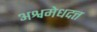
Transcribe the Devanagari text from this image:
अश्वमेधदत्त